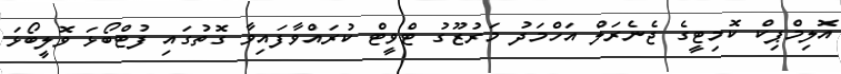
އޮލިމްޕިކް ކޮމިޓީގެ ޖެނެރަލް އަހްމަދު މަރުޒޫގު ޓްވީޓް ކުރައްވާފައިވާ ގޮތުގައި ފުޓްބޯޅަ ވޮލީބޯޅަ